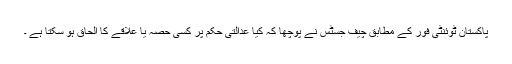
پاکستان ٹوئنٹی فور کے مطابق چیف جسٹس نے پوچھا کہ کیا عدالتی حکم پر کسی حصہ یا علاقے کا الحاق ہو سکتا ہے ۔